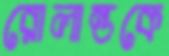
রোলান্ডকে